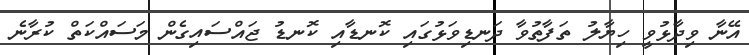
އޭނާ ވިދާޅުވީ ހިޔާލު ތަފާތުވާ ދަނޑިވަޅުގައި ކޮނޑާއި ކޮނޑު ޖައްސައިގެން މަސައްކަތް ކުރާނެ